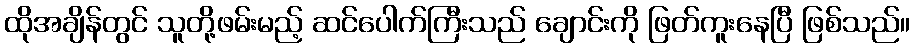
ထိုအချိန်တွင် သူတို့ဖမ်းမည့် ဆင်ပေါက်ကြီးသည် ချောင်းကို ဖြတ်ကူးနေပြီ ဖြစ်သည်။